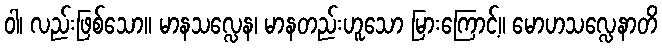
ဝါ၊ လည်းဖြစ်သော။ မာနသလ္လေန၊ မာနတည်းဟူသော မြားကြောင့်။ မောဟသလ္လေနာတိ